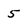
Character: 5